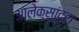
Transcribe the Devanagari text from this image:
आलेक्सांद्रा